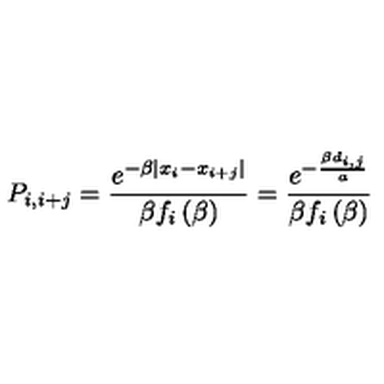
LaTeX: P _ { i , i + j } = \frac { e ^ { - \beta \left| x _ { i } - x _ { i + j } \right| } } { \beta f _ { i } \left( \beta \right) } = \frac { e ^ { - \frac { \beta d _ { i , j } } { a } } } { \beta f _ { i } \left( \beta \right) }